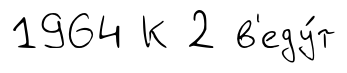
1964 К 2 в'еду́т